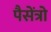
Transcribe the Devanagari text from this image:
पैसेंत्रो